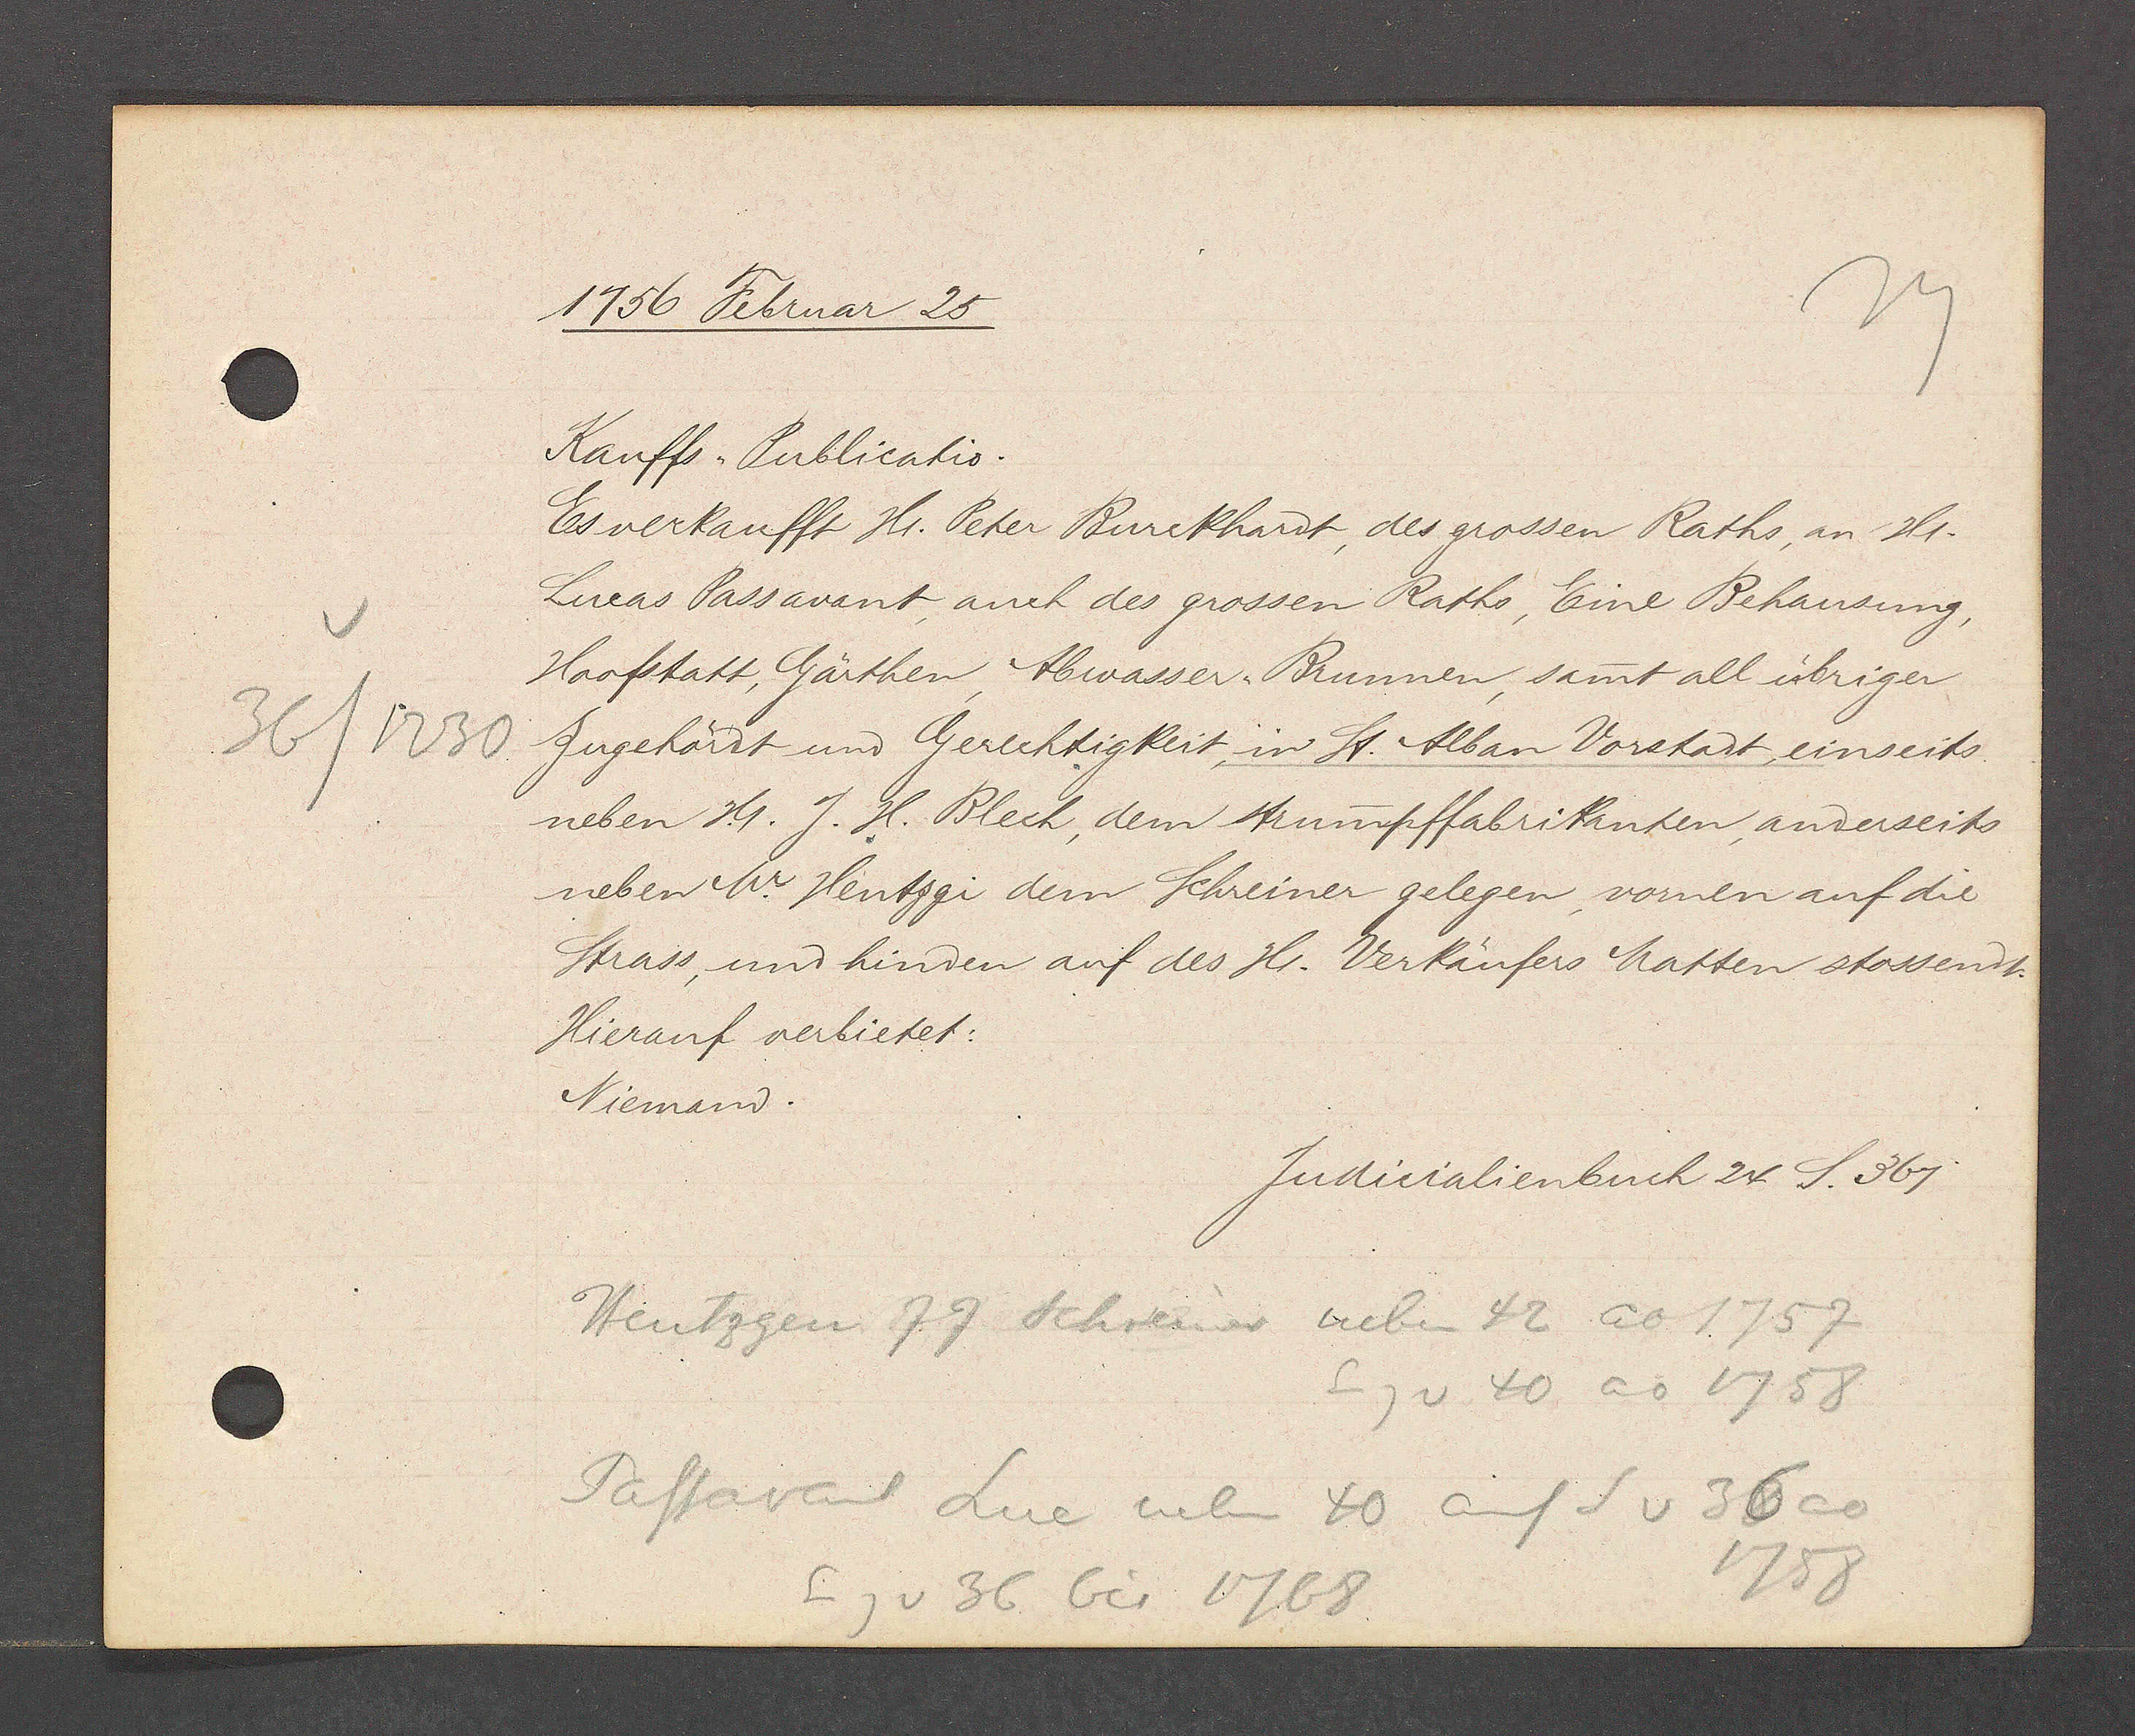
Transcript:
36/1230

1756 Februar 25

Kauffs-Publicatio.
Es verkaufft Hr. Peter Burckhardt des grossen Raths, an Hr.
Lucas Passavant, auch des grossen Raths, Eine Behausung,
Hoofstatt, Gärthen, Abwasser Brunnen, samt all übriger
Zugehördt und Gerechtigkeit, in St. Alban Vorstadt, einseits
neben Hr. J. H. Blechh, dem strumpffabrikanten, anderseits
neben W. Hentzgi dem SChreiner gelegen, vornen auf die
Strass, unund hinden auf des Hr. Verkäufers Matten stossent.
Hierauf verbietet:
Niemand.

Judicialienbuch 24 S. 367

Hentzgen JJ Schreiner neben 42 ao 1757
Eg v 40 ao 1758
Pastavant Luc neben 40 auf S v 36 ao
1758
Eg v 36 bis 1768